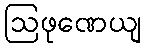
ဩဖုဏေယျ